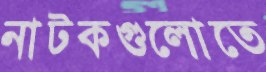
নাটকগুলোতে